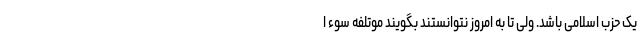
یک حزب اسلامی باشد. ولی تا به امروز نتوانستند بگویند موتلفه سوء ا